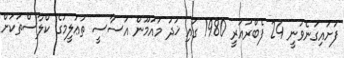
ފަށައިގަނެވުނީ 24 ފެބްރުއަރީ 1980 ގައި ޚުދު މައުމޫން އަސާސީ ތަޢުލީމުގެ ކްލާސްތަކަށް